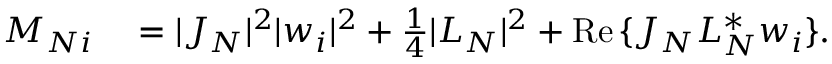
\begin{array} { r l } { M _ { N i } } & { { } = | J _ { N } | ^ { 2 } | w _ { i } | ^ { 2 } + \frac { 1 } { 4 } | L _ { N } | ^ { 2 } + \operatorname { R e } { \{ J _ { N } L _ { N } ^ { * } w _ { i } \} } . } \end{array}